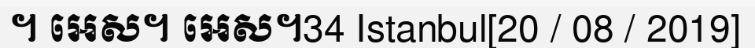
។ អេស។ អេស។34 Istanbul[20 / 08 / 2019]